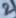
Text: 2